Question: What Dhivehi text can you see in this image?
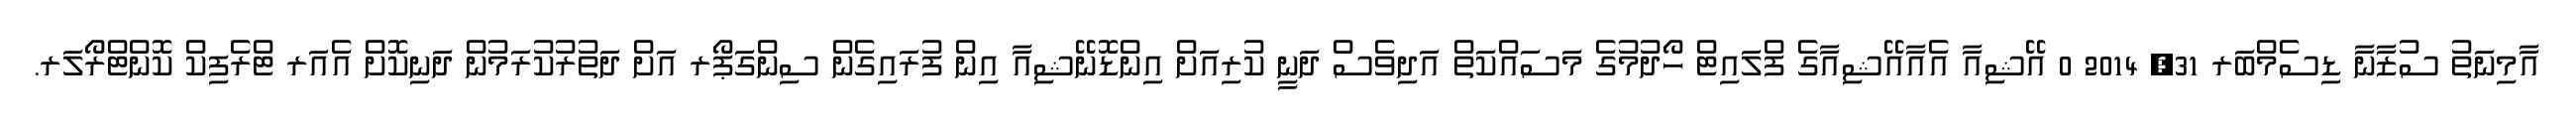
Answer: އާމިނަތު ސުޒާނާ ޑިސެމްބަރ 31, 2014 0 އޭޝިއާ އެއާއޭޝިއާގެ ފްލައިޓް ހޯދުމުގެ މަސައްކަތް އަދިވެސް ދަނީ ކުރިއަށް އިންޑޮނޭޝިއާ އިން ފުރައިގެން ސިންގަޕޯރ އަށް ދަތުރުކުރަމުން ދަނިކޮށް އެއަރ ޓްރެފިކް ކޮންޓްރޯލަރ.